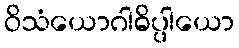
ဝိသံယောဂါဓိပ္ပါယော